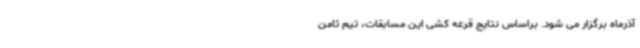
آذرماه برگزار می شود. براساس نتایج قرعه کشی این مسابقات، تیم ثامن